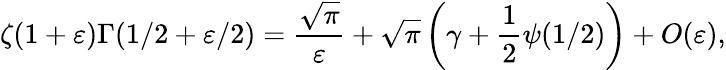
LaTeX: \zeta(1+\varepsilon)\Gamma(1/2+\varepsilon/2)=\frac{\sqrt{\pi}}{\varepsilon}+\sqrt{\pi}\left(\gamma+\frac 12\psi(1/2)\right)+O(\varepsilon),